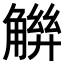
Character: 𧤋